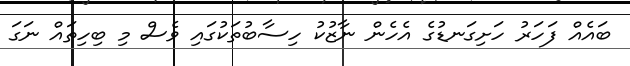
ބައެއް ފަހަރު ހަށިގަނޑުގެ އެހެން ނާޒުކު ހިސާބުތަކުގައި ވެސް މި ބިހިތައް ނަގަ